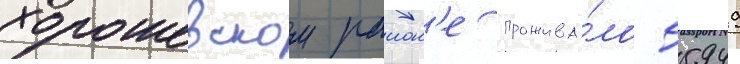
хорошевском раион'е прожива́ло 55949